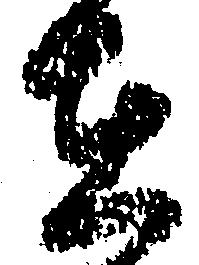
在